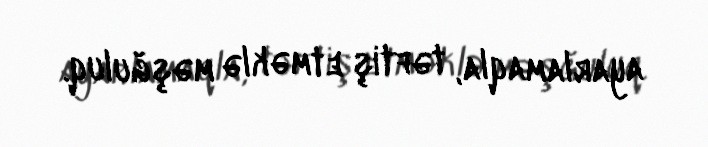
ayarlamaqla, təftiş etməklə məşğuluq.